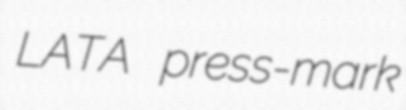
LATA press-mark